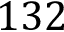
1 3 2